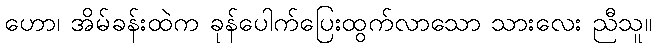
ဟော၊ အိမ်ခန်းထဲက ခုန်ပေါက်ပြေးထွက်လာသော သားလေး ညီသူ။